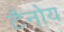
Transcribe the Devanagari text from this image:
टैनोय